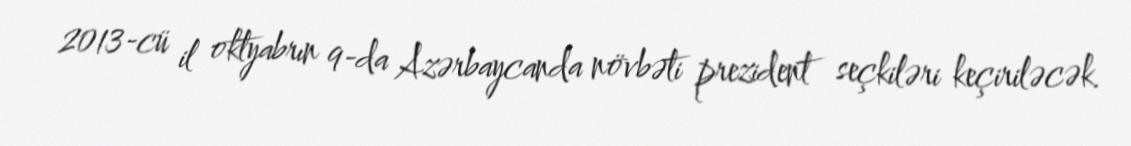
2013-cü il oktyabrın 9-da Azərbaycanda növbəti prezident seçkiləri keçiriləcək.